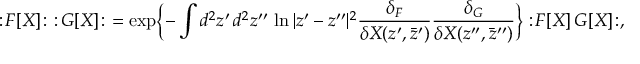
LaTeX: : \! { \cal F } [ X ] \! : \, \, : \! { \cal G } [ X ] \! : \ = \exp \biggl \{ - \int d ^ { 2 } z ^ { \prime } \, d ^ { 2 } z ^ { \prime \prime } \, \ln | z ^ { \prime } - z ^ { \prime \prime } | ^ { 2 } \frac { \delta _ { F } } { \delta X ( z ^ { \prime } , \bar { z } ^ { \prime } ) } \frac { \delta _ { G } } { \delta X ( z ^ { \prime \prime } , \bar { z } ^ { \prime \prime } ) } \biggr \} : \! { \cal F } [ X ] \, { \cal G } [ X ] \! : ,